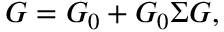
\begin{array} { r } { G = G _ { 0 } + G _ { 0 } \Sigma G , } \end{array}